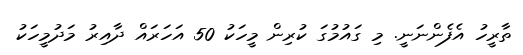
ތާރީހު އެފެންނަނީ. މި ގައުމުގަ ކުރިން މީހަކު 50 އަހަރައް ދާއިރު މަދުމީހަކު